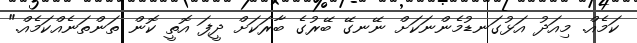
ކަމެއް. މިއަދު އަޅުގަނޑުމެންނަކަށް ނޭނގޭ ބޭރުގެ ބާރަކަށް ދީފަ އޮތީ ކޮން ތަންތަނެއްކަމެއް."